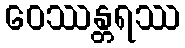
ဝေဿန္တရဿ